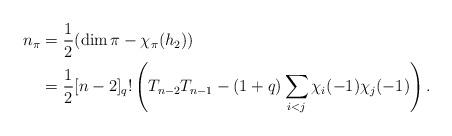
LaTeX: \begin{align*}n_{\pi}&=\frac{1}{2}(\dim\pi-\chi_{\pi}(h_2))\\&=\frac{1}{2}[n-2]_q!\left(T_{n-2}T_{n-1}-(1+q)\sum_{i<j}\chi_i(-1)\chi_j(-1) \right).\end{align*}